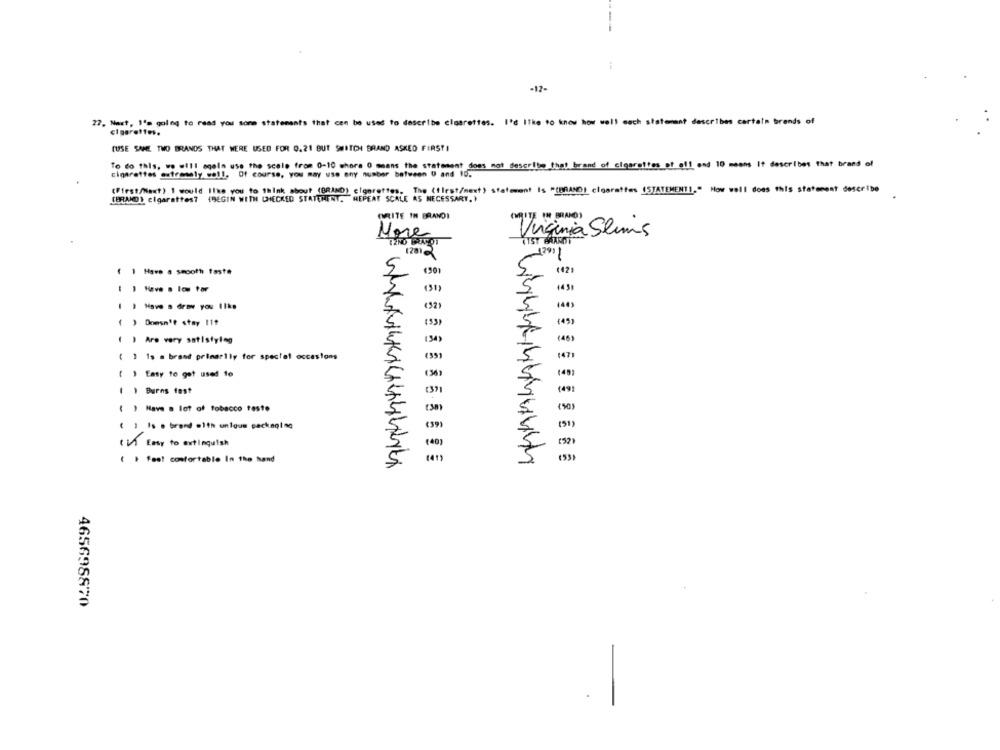
1
-12-
27. Nast, I'm going to read you some statements that can be used to describe cigarettes. I'd like to know how well cach statement describes certain brands of
(USE SANE TWO BRANDS THAT WERE USED FOR 0.21 BUT SWITCH BRAND ASKED FIRSTI
To do this, we will agela use the scale from 0-10 shore 0 means the statement does not describe that brand of clearettes of off and 10 means It describes that brand of
cigarettes extremely well. Of course, you may use any number between 0 and 10.
(First/Next) 1 would like you to think about (BRAND) cigarettes, The (flest/mext) statement Is "(BRANDI cigarettes (STATEMENT1," How well does this statement describe
(BRAD) cigarettes? (BEGIN WITH CHECKED STATEMENT, REPEAT SCALE AS NECESSARY.)
GURITE IN BRANDI
Virginia Slims
More
12NO BAROT
12312
1791]
( 1 Have a smooth faste
5
(30)
44 3
I Have a los tor
(31)
(92
140)
( ) Doesn't stay 11?
(46)
( ) Are very satisfying
(34)
1471
( 1 1s a brand primarily for special occasions
( 39)
( ) Easy to get used to
140
( ) Burns test
(371
(491
( ) Have a lot of tobacco tasto
(38)
( 1 /s . brand =1th unlous packaging
(39)
in Easy to extinguish
(40)
( . feel comfortable In the hand
465698870